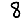
Digit: 8